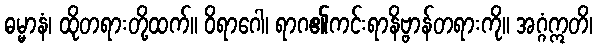
ဓမ္မာနံ၊ ထိုတရားတို့ထက်။ ဝိရာဂေါ၊ ရာဂ၏ကင်းရာနိဗ္ဗာန်တရားကို။ အဂ္ဂံဣတိ၊